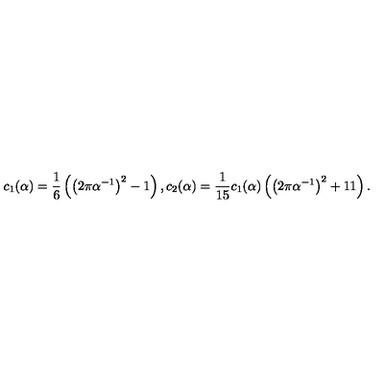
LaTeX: c _ { 1 } ( \alpha ) = \frac 1 6 \left( \left( 2 \pi \alpha ^ { - 1 } \right) ^ { 2 } - 1 \right) , c _ { 2 } ( \alpha ) = { \frac { 1 } { 1 5 } } c _ { 1 } ( \alpha ) \left( \left( 2 \pi \alpha ^ { - 1 } \right) ^ { 2 } + 1 1 \right) .